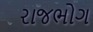
રાજભોગ